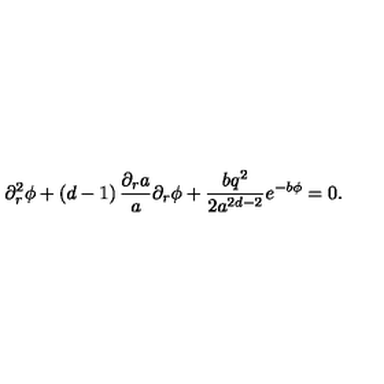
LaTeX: \partial _ { r } ^ { 2 } \phi + \left( d - 1 \right) \frac { \partial _ { r } a } { a } \partial _ { r } \phi + \frac { b q ^ { 2 } } { 2 a ^ { 2 d - 2 } } e ^ { - b \phi } = 0 .